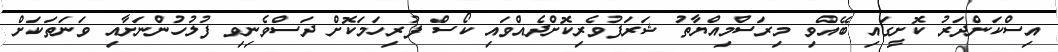
އިސްކަންދަރު ކޮށީގައި ބޭއްވި މިރަސްމިއްޔާތު ޝަރަފުވެރިކޮށްދެއްވައި ކޯސް ފުރިހަމަކޮށް ދަސްވެނިވި ފުލުހުންނަށާއި ވަނަތަކަށް